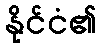
နိုင်ငံ၏